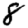
Digit: 8